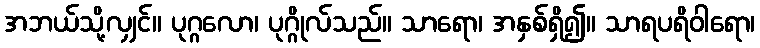
အဘယ်သို့လျှင်။ ပုဂ္ဂလော၊ ပုဂ္ဂိုလ်သည်။ သာရော၊ အနှစ်ရှိ၍။ သာရပရိဝါရော၊